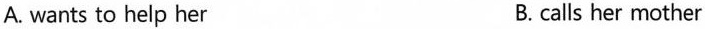
A. wants to help her B. calls her mother